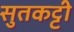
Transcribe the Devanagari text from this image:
सुतकट्टी